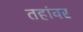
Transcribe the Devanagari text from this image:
तहांवर